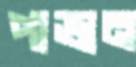
পাভান